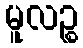
မူလဉ္စ